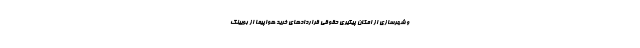
و شهرسازی از امکان پیگیری حقوقی قراردادهای خرید هواپیما از بویینگ